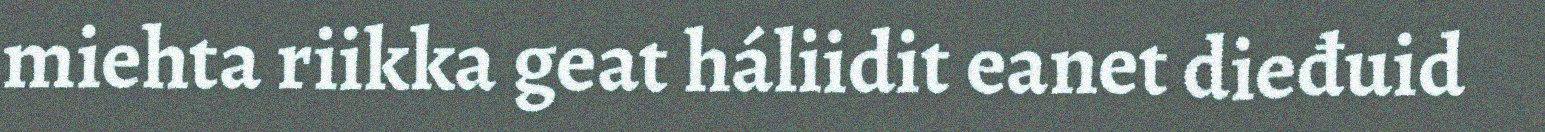
miehta riikka geat háliidit eanet dieđuid